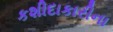
કશીદાકારીના